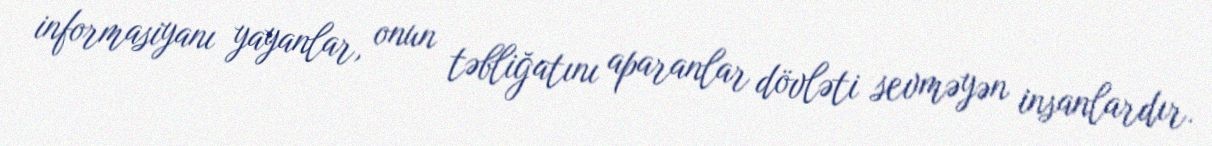
informasiyanı yayanlar, onun təbliğatını aparanlar dövləti sevməyən insanlardır.